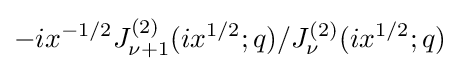
-ix^{-1/2}J_{\nu +1}^{(2)}(ix^{1/2};q)/J_{\nu }^{(2)}(ix^{1/2};q)